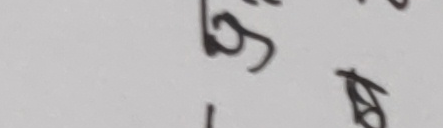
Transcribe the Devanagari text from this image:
बे